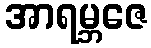
အာရမ္ဘဇေ